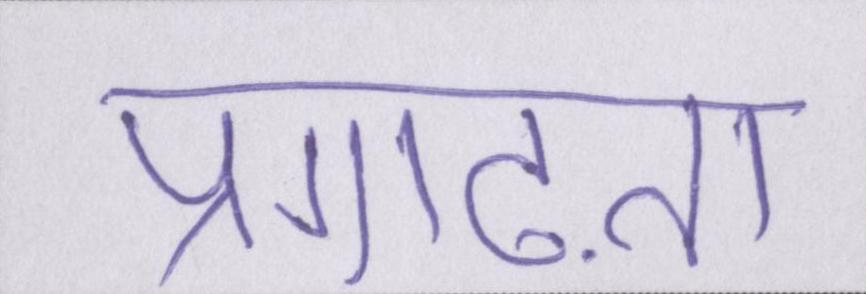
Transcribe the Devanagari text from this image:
प्रगाढ़ता